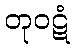
တုဝဋံ